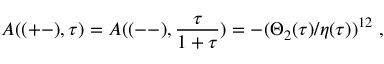
A ( ( + - ) , \tau ) = A ( ( -- ) , \frac { \tau } { 1 + \tau } ) = - ( \Theta _ { 2 } ( \tau ) / \eta ( \tau ) ) ^ { 1 2 } \; ,